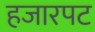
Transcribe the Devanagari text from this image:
हजारपट